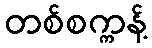
တစ်စက္ကန့်